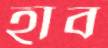
হাব